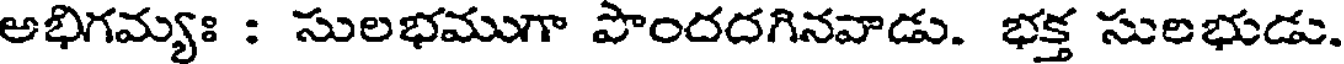
అభిగమ్యః : సులభముగా పొందదగినవాడు. భక్త సులభుడు.